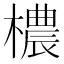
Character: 檂